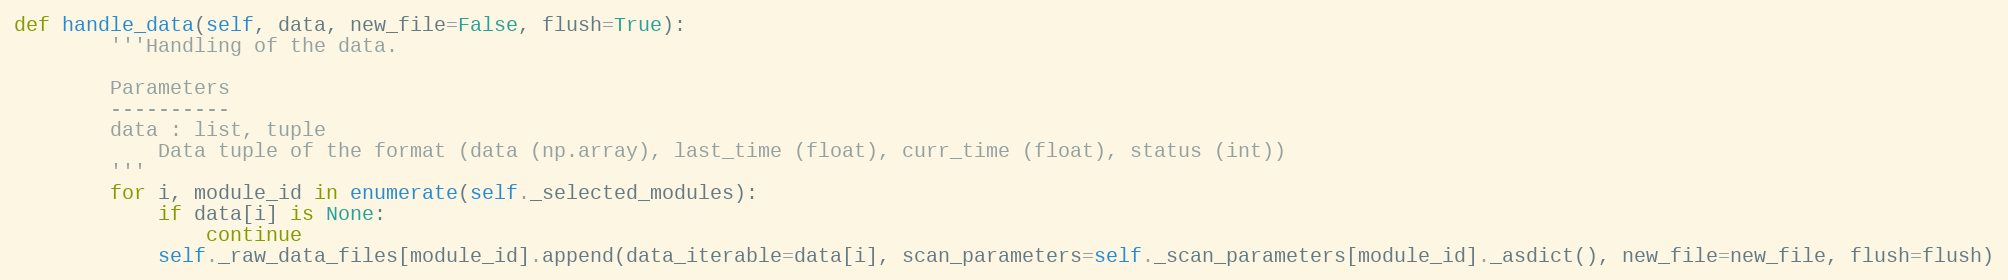
Language: Python
def handle_data(self, data, new_file=False, flush=True):
        '''Handling of the data.

        Parameters
        ----------
        data : list, tuple
            Data tuple of the format (data (np.array), last_time (float), curr_time (float), status (int))
        '''
        for i, module_id in enumerate(self._selected_modules):
            if data[i] is None:
                continue
            self._raw_data_files[module_id].append(data_iterable=data[i], scan_parameters=self._scan_parameters[module_id]._asdict(), new_file=new_file, flush=flush)